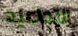
التجاعيد